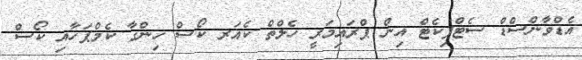
އެޑްވާންސްޑް ސެޓްފިކެޓް އިން ޕްރައިމަރީ ހެލްތް ކެއަރ ކޯސް ހިންގާ ކެމްޕަހާއި ކޯސް